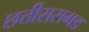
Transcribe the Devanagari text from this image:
छत्तीससगड